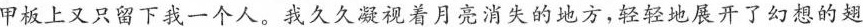
甲板上又只留下我一个人。我久久凝视着月亮消失的地方，轻轻地展开了幻想的翅